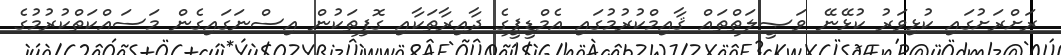
ރަށްރަށުގައި ކުޅިވަރު ކުޅޭނޭ ވަޞީލަތްތައް ޤާއިމްކުރުމުގައި އެމްޑީޕީގެ ދާއިރާތަކާއި ގޮފިތަކުން އިސްނަގައިގެން މަސައްކަތްކުރުމުގެ